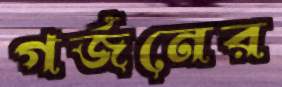
গর্জনের